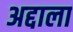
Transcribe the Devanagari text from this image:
अद्दाला